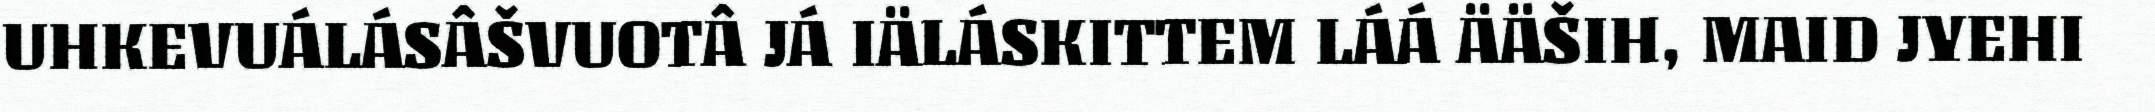
UHKEVUÁLÁSÂŠVUOTÂ JÁ IÄLÁSKITTEM LÁÁ ÄÄŠIH, MAID JYEHI